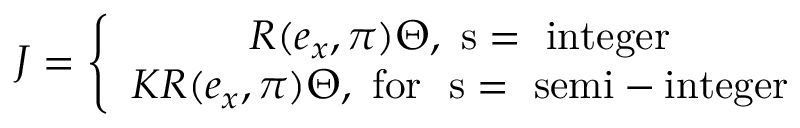
J = \left\{ \begin{array} { c } { { R ( e _ { x } , \pi ) \Theta , \mathrm { ~ s = ~ i n t e g e r } } } \\ { { { \cal K } R ( e _ { x } , \pi ) \Theta , \mathrm { ~ f o r ~ ~ s = ~ s e m i - i n t e g e r } } } \end{array} \right.